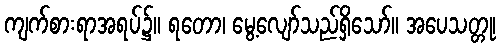
ကျက်စားရာအရပ်၌။ ရတော၊ မွေ့လျော်သည်ရှိသော်။ အပေသတ္တု၊